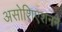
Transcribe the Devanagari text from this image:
असोशिएशनने